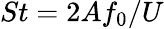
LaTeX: St=2Af_{0}/U